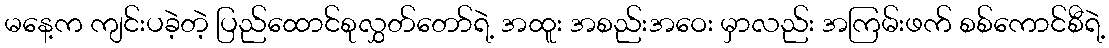
မနေ့က ကျင်းပခဲ့တဲ့ ပြည်ထောင်စုလွှတ်တော်ရဲ့ အထူး အစည်းအဝေး မှာလည်း အကြမ်းဖက် စစ်ကောင်စီရဲ့